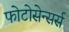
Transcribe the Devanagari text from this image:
फोटोसेन्सर्स